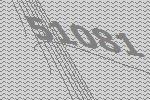
51081